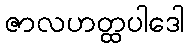
ဇာလဟတ္ထပါဒေါ